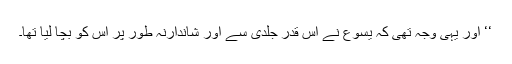
‘‘ اور یہی وجہ تھی کہ یسوع نے اِس قدر جلدی سے اور شاندارنہ طور پر اُس کو بچا لیا تھا۔